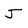
Character: J